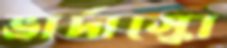
ভার্দাস্কো